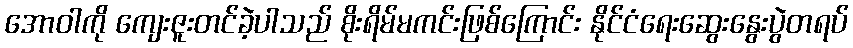
အောဝါကို ကျေးဇူးတင်ခဲ့ပါသည် စိုးရိမ်မကင်းဖြစ်ကြောင်း နိုင်ငံရေးဆွေးနွေးပွဲတရပ်